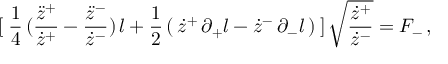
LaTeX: [ \: \frac { 1 } { 4 } \, ( \frac { \ddot { z } ^ { + } } { \dot { z } ^ { + } } - \frac { \ddot { z } ^ { - } } { \dot { z } ^ { - } } ) \, l + \frac { 1 } { 2 } \, ( \, \dot { z } ^ { + } \, \partial _ { + } l - \dot { z } ^ { - } \, \partial _ { - } l \, ) \: ] \, \sqrt { \frac { \dot { z } ^ { + } } { \dot { z } ^ { - } } } = F _ { - } \, ,